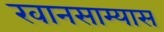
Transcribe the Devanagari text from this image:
खानसाम्यास